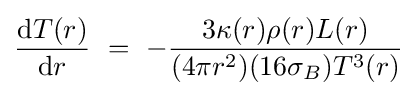
{\frac {{\text{d}}T(r)}{{\text{d}}r}}\ =\ -{\frac {3\kappa (r)\rho (r)L(r)}{(4\pi r^{2})(16\sigma _{B})T^{3}(r)}}